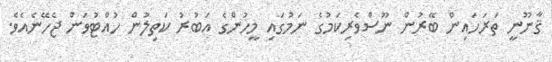
ޤާނޫނީ ތަރަހައިން ބޭރުން ނޫސްވެރިކަމުގެ ނަމުގައި މީހުންގެ އަބުރު ކަތިލުން ހުއްޓުވަން ޖެހޭނެއެވެ.